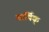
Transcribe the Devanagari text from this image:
वार्षिक्